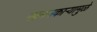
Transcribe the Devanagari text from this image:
खननकाऱ्यामुळे